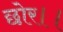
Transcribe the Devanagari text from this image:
छोर।।